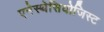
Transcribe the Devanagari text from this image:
एनेस्थेसियोजिस्ट